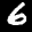
Label: 6